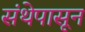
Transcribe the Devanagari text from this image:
संथेपासून